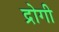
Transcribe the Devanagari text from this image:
द्रोगी